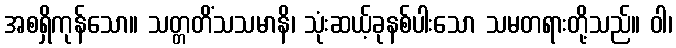
အစရှိကုန်သော။ သတ္တတိံသသမာနိ၊ သုံးဆယ့်ခုနစ်ပါးသော သမတရားတို့သည်။ ဝါ၊